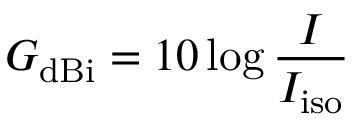
G _ { \mathrm { d B i } } = 1 0 \log { \frac { I } { I _ { \mathrm { i s o } } } }